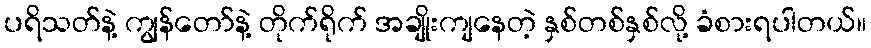
ပရိသတ်နဲ့ ကျွန်တော်နဲ့ တိုက်ရိုက် အချိုးကျနေတဲ့ နှစ်တစ်နှစ်လို့ ခံစားရပါတယ်။